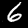
Label: 6